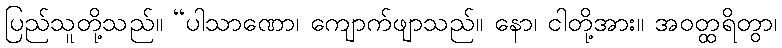
ပြည်သူတို့သည်။ “ပါသာဏော၊ ကျောက်ဖျာသည်။ နော၊ ငါတို့အား။ အဝတ္ထရိတွာ၊